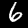
Label: 6